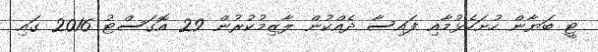
ޓީ ބަޔާން ހުށަހެޅުމާއި ފައިސާ ދެއްކުން ލާޒިމުކުރުން 29 އޮގަސްޓު 2016 ގައި